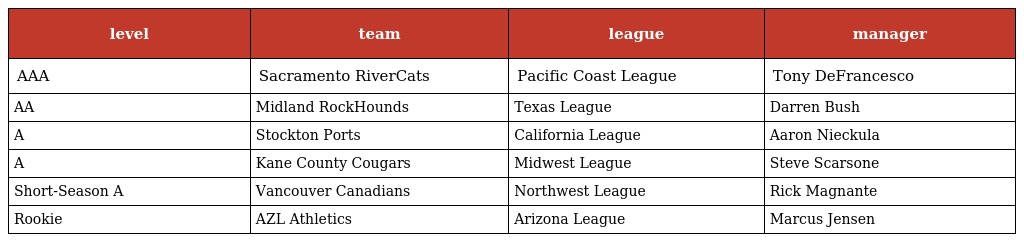
| level | team | league | manager |
 | --- | --- | --- | --- |
 | AAA | Sacramento RiverCats | Pacific Coast League | Tony DeFrancesco |
 | AA | Midland RockHounds | Texas League | Darren Bush |
 | A | Stockton Ports | California League | Aaron Nieckula |
 | A | Kane County Cougars | Midwest League | Steve Scarsone |
 | Short-Season A | Vancouver Canadians | Northwest League | Rick Magnante |
 | Rookie | AZL Athletics | Arizona League | Marcus Jensen |